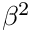
\beta ^ { 2 }